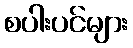
စပါးပင်များ